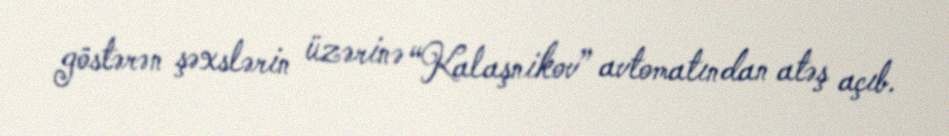
göstərən şəxslərin üzərinə “Kalaşnikov” avtomatından atəş açıb.